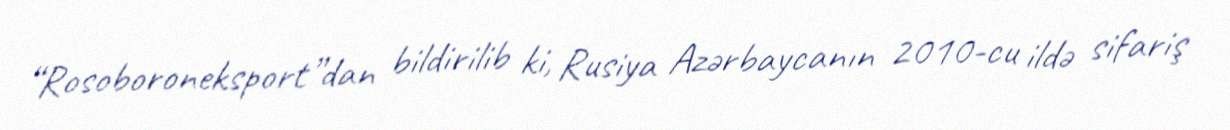
“Rosoboroneksport”dan bildirilib ki, Rusiya Azərbaycanın 2010-cu ildə sifariş